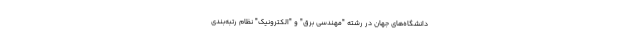
دانشگاه‌های جهان در رشته "مهندسی برق" و "الکترونیک" نظام‌ رتبه‌بندی